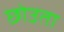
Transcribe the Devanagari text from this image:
छोउता